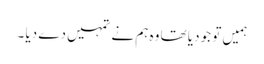
ہمیں تو جو دیا تھا وہ ہم نے تمہیں دے دیا ۔